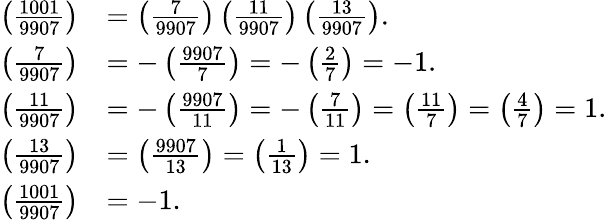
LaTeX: {\begin{array}{rl}{\left({\frac{1001}{9907}}\right)}&{=\left({\frac{7}{9907}}\right)\left({\frac{11}{9907}}\right)\left({\frac{13}{9907}}\right).}\\ {\left({\frac{7}{9907}}\right)}&{=-\left({\frac{9907}{7}}\right)=-\left({\frac{2}{7}}\right)=-1.}\\ {\left({\frac{11}{9907}}\right)}&{=-\left({\frac{9907}{11}}\right)=-\left({\frac{7}{11}}\right)=\left({\frac{11}{7}}\right)=\left({\frac{4}{7}}\right)=1.}\\ {\left({\frac{13}{9907}}\right)}&{=\left({\frac{9907}{13}}\right)=\left({\frac{1}{13}}\right)=1.}\\ {\left({\frac{1001}{9907}}\right)}&{=-1.}\end{array}}